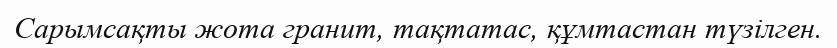
Сарымсақты жота гранит, тақтатас, құмтастан түзілген.